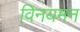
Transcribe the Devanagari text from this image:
विनयमन